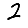
Digit: 2